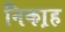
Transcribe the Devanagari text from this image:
निका़ह